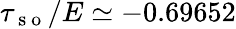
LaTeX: \tau_{\mathrm{~s~o~}}/E\simeq-0.69652